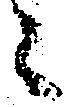
々